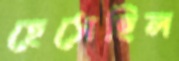
হেসেছিল